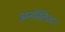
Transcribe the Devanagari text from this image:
अनस्तित्व।